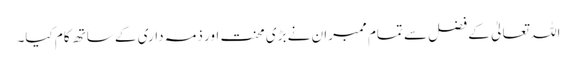
اللہ تعالیٰ کے فضل سے تمام ممبران نے بڑی محنت اور ذمہ داری کے ساتھ کام کیا۔